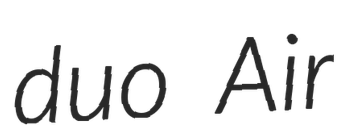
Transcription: duo Air